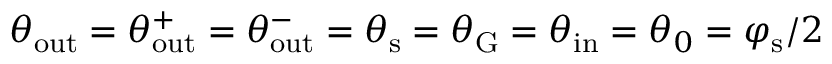
\theta _ { \mathrm { o u t } } = \theta _ { \mathrm { o u t } } ^ { + } = \theta _ { \mathrm { o u t } } ^ { - } = \theta _ { \mathrm { s } } = \theta _ { \mathrm { G } } = \theta _ { \mathrm { i n } } = \theta _ { 0 } = \varphi _ { \mathrm { s } } / 2